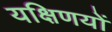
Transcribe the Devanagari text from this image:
यक्षिणयों